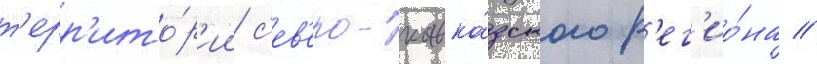
т'ерр'ито́р'ии с'ев'еро-кавка́зского р'ег'ио́на //